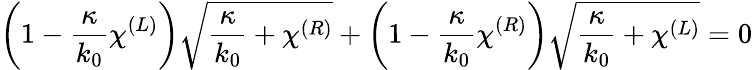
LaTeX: \left(1-\frac{\kappa}{k_{0}}\chi^{(L)}\right)\sqrt{\frac{\kappa}{k_{0}}+\chi^{(R)}}+\left(1-\frac{\kappa}{k_{0}}\chi^{(R)}\right)\sqrt{\frac{\kappa}{k_{0}}+\chi^{(L)}}=0